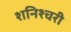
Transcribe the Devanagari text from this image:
शनिश्चरी